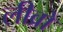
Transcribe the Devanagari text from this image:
लीव्रो